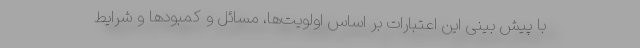
با پیش بینی این اعتبارات بر اساس اولویت‌ها، مسائل و کمبودها و شرایط